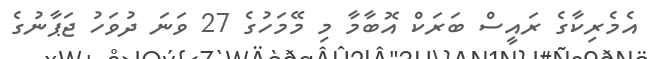
އެމެރިކާގެ ރައީސް ބަރަކް އޮބާމާ މި މޭމަހުގެ 27 ވަނަ ދުވަހު ޖަޕާނުގެ